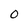
Character: 0